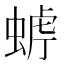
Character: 𧌧